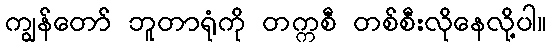
ကျွန်တော် ဘူတာရုံကို တက္ကစီ တစ်စီးလိုနေလို့ပါ။